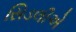
સિડલીએ